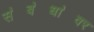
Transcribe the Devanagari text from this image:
स॓ब॓धा॓वर